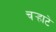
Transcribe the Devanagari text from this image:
चर्‍हाटे